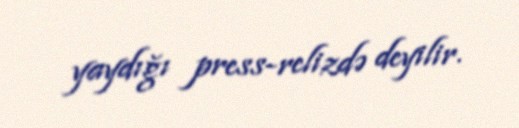
yaydığı press-relizdə deyilir.